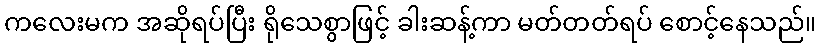
ကလေးမက အဆိုရပ်ပြီး ရိုသေစွာဖြင့် ခါးဆန့်ကာ မတ်တတ်ရပ် စောင့်နေသည်။